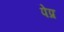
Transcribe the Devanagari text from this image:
पेप्र